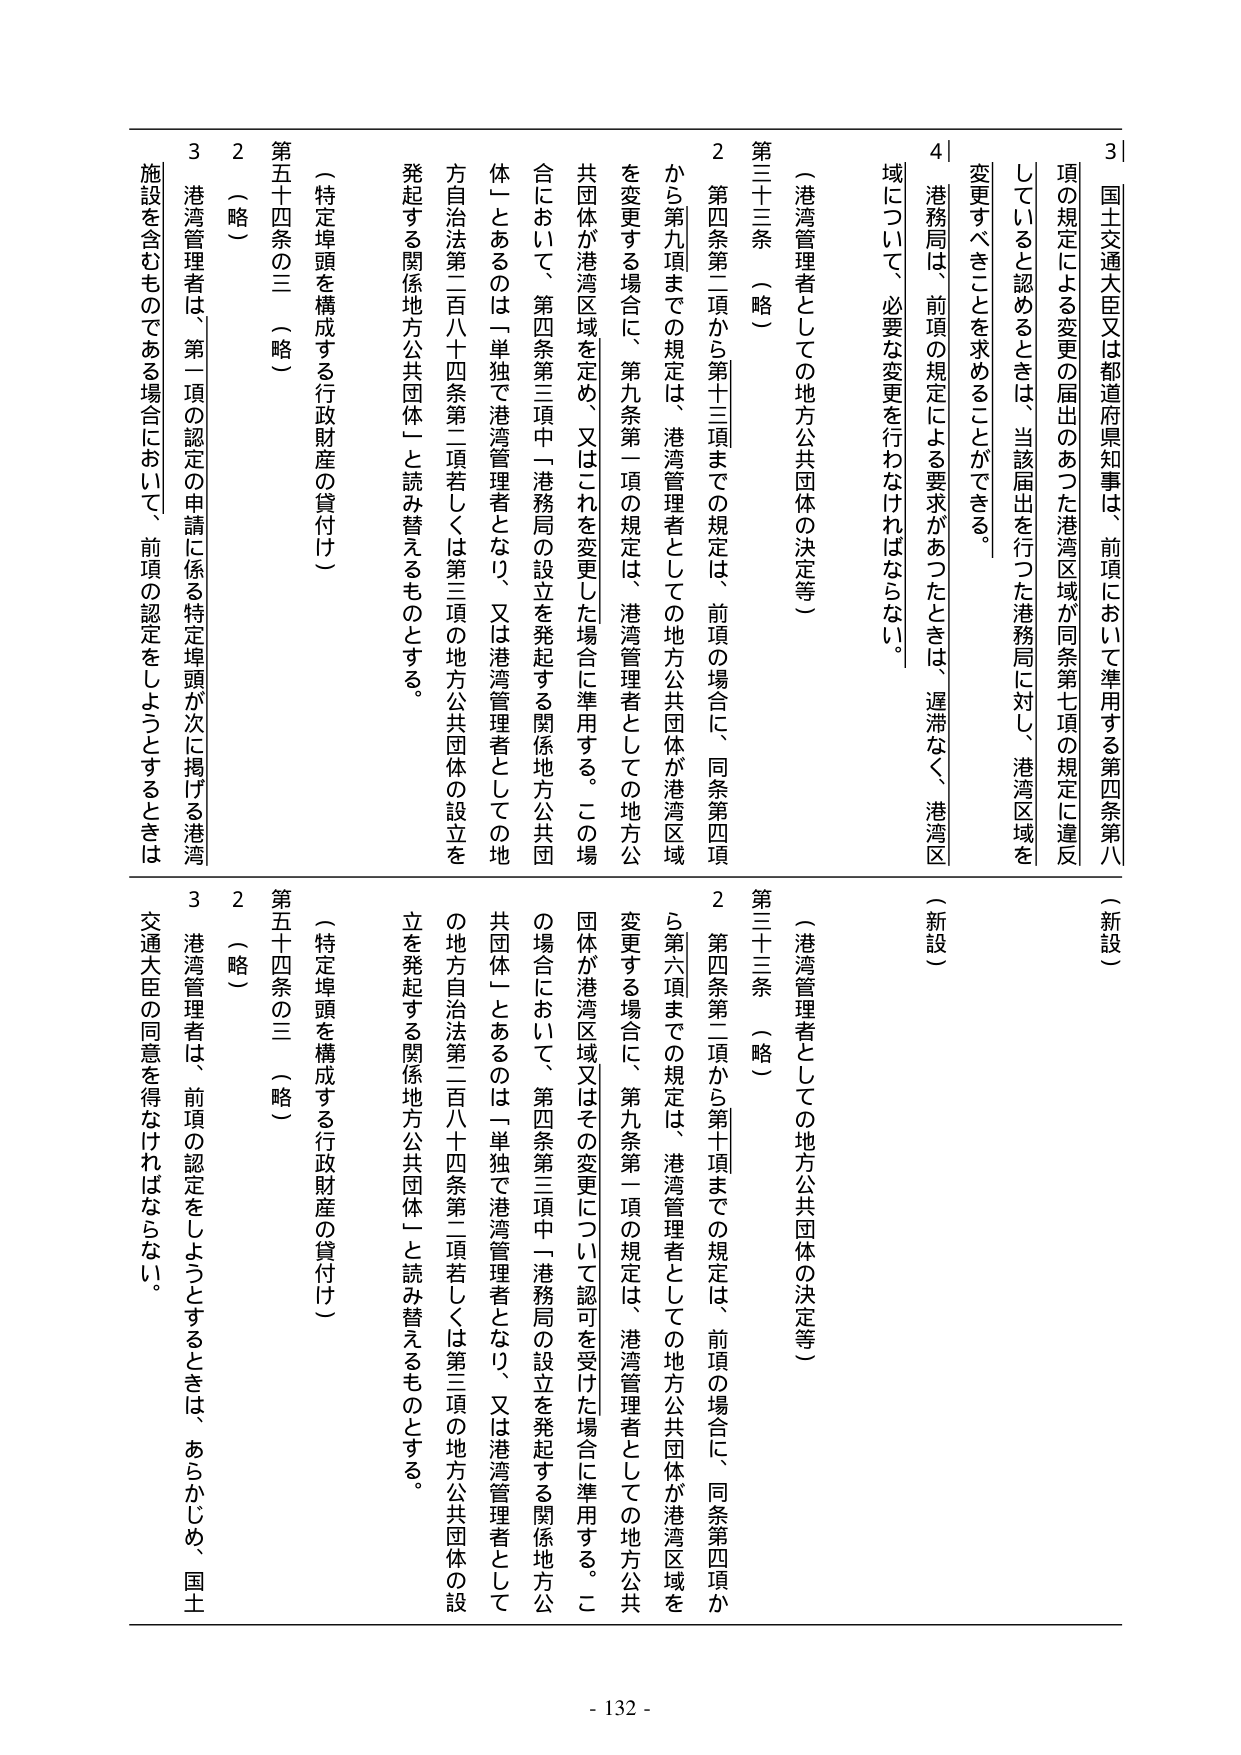
3 国土交通大臣又は都道府県知事は、前項において準用する第四条第八項の規定による変更の届出のあった港湾区域が同条第七項の規定に違反していると認めるときは、当該届出を行つた港務局に対し、港湾区域を変更すべきことを求めることができる。

4 港務局は、前項の規定による要求があつたときは、遅滞なく、港湾区域について、必要な変更を行わなければならない。

（新設）

（港湾管理者としての地方公共団体の決定等）

第三十三条 （略）

2 第四条第二項から第十三項までの規定は、前項の場合に、同条第四項から第九項までの規定は、港湾管理者としての地方公共団体が港湾区域を変更する場合に、第九条第一項の規定は、港湾管理者としての地方公共団体が港湾区域を定め、又はこれを変更した場合に準用する。この場合において、第四条第三項中「港務局の設立を発起する関係地方公共団体」とあるのは「単独で港湾管理者となり、又は港湾管理者としての地方自治法第二百八十四条第二項若しくは第三項の地方公共団体の設立を発起する関係地方公共団体」と読み替えるものとする。

（特定埠頭を構成する行政財産の貸付け）

第五十四条の三 （略）

2 （略）

3 港湾管理者は、第一項の認定の申請に係る特定埠頭が次に掲げる港湾施設を含むものである場合において、前項の認定をしようとするときは、交通大臣の同意を得なければならない。

（新設）

（港湾管理者としての地方公共団体の決定等）

第三十三条 （略）

2 第四条第二項から第十項までの規定は、前項の場合に、同条第四項から第六項までの規定は、港湾管理者としての地方公共団体が港湾区域を変更する場合に、第九条第一項の規定は、港湾管理者としての地方公共団体が港湾区域又はその変更について認可を受けた場合に準用する。この場合において、第四条第三項中「港務局の設立を発起する関係地方公共団体」とあるのは「単独で港湾管理者となり、又は港湾管理者としての地方自治法第二百八十四条第二項若しくは第三項の地方公共団体の設立を発起する関係地方公共団体」と読み替えるものとする。

（特定埠頭を構成する行政財産の貸付け）

第五十四条の三 （略）

2 （略）

3 港湾管理者は、前項の認定をしようとするときは、あらかじめ、国土交通大臣の同意を得なければならない。

- 132 -